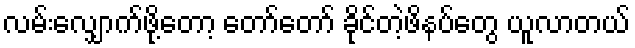
လမ်းလျှောက်ဖို့တော့ တော်တော် ခိုင်တဲ့ဖိနပ်တွေ ယူလာတယ်